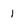
Character: 1